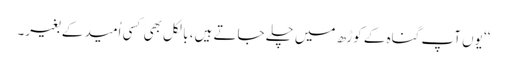
‘‘ یوں آپ گناہ کے کوڑھ میں چلے جاتے ہیں، بالکل بھی کسی اُمید کے بغیر۔